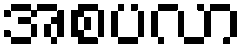
အစပလာ